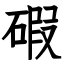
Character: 碬